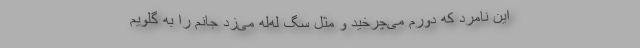
این نامرد که دورم می‌چرخید و مثل سگ لَه‌لَه می‌زد جانم را به گلویم